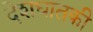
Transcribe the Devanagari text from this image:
देशघातकी